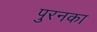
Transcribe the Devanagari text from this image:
पुरनका